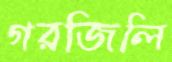
গরজিলি